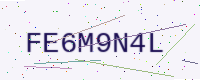
Text: FE6M9N4L